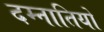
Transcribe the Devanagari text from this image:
दम्नातियो